Report on sanitation, dispensaries, and jails in Rajputana for 1917, and on vaccination for the year 1917-1918 - 1917-1918
Year: 1917
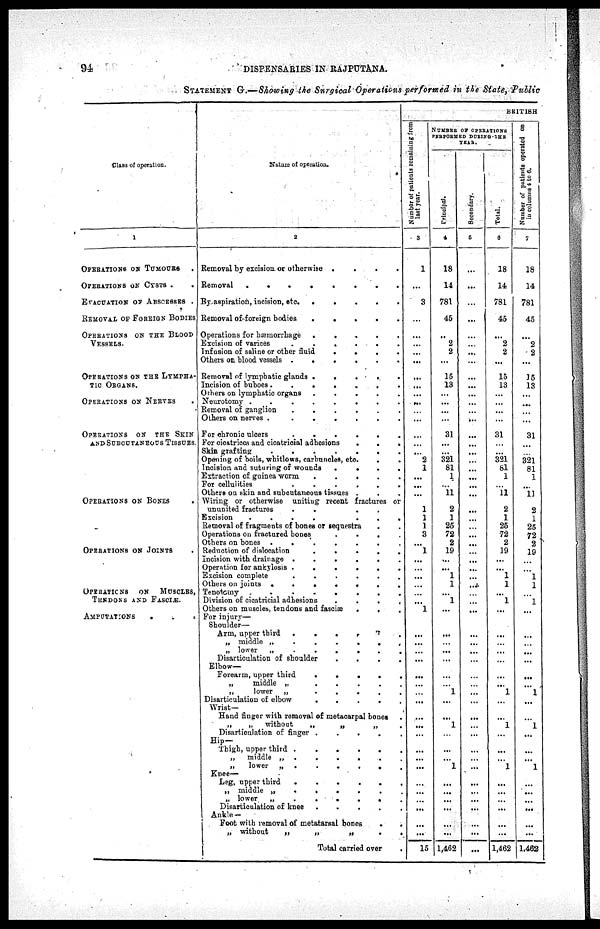
94
DISPENSARIES IN RAJPUTANA.
STATEMENT G.—Showing the Surgical Operations performed in the State, Public
Class of operation.
1
OPERATIONS OF TUMOURS .
OPERATIONS OF CYSTS
..
EVACUATION OF ABSCESSES .
REMOVAL OF FOREIGN BODIES
OPERATIONS ON THE BLOOD
VESSELS.
OPERATIONS ON THE LYMPHA¬
TIC ORGANS.
OPERATIONS ON NERVES
OPERATIONS ON THE SKIN
AND SUBCUTANEOUS TISSUES.
OPERATIONS ON BONES .
OPERATIONS OF JOINTS .
OPERATIONS
ON
MUSCLES,
TENDONS AND FASCIÆ.
AMPUTATIONS
...
Nature of operation.
2
Removal by excision or otherwise
....
Removal
........
By aspiration, incision, etc
.....
Removal of foreign bodies
.....
Operations for hæmorrhage
.....
Excision of varices
......
Infusion of saline or other
fluid
....
Others on blood vessels
......
Removal of lymphatic glands
.....
Incision of
buboes.......
Others on lymphatic organs
.....
Neurotomy
........
Removal of ganglion
......
Others on nerves .
......
For chronic ulcers
......
For cicatrices and cicatricial adhesions
...
Skin grafting
.......
Opening of boils, whitlows, carbuncles, etc.
.
Incision and suturing of wounds
....
Extraction of guinea worm
.....
For cellulities
......
Others on skin and subcutaneous tissues ...
Wiring or otherwise uniting recent fractures or
ununited fractures
......
Excision
.......
Removal of fragments of bones or sequestra ..
Operations on fractured bones
....
Others on bones
......
Reduction of dislocation
.....
Incision with drainage
......
Operation for ankylosis
......
Excision complete
......
Others on joints
.......
Tenotomy
.......
Division of cicatricial adhesions
....
Others on muscles, tendons and fascia
...
For injury—
Shoulder—
Arm, upper third
......
„ middle
„
......
„ lower
„
......
Disarticulation of shoulder
....
Elbow-
Forearm, upper third
.....
„
middle „
.....
„
lower
„
.....
Disarticulation of elbow
.....
Wrist—
Hand finger with removal of metacarpal bones .
„
„
without
„
„
„
.
Disarticulation of finger .....
Hip—
Thigh, upper third
......
„
middle „ ......
„
lower „
......
Knee—
Leg, upper third
......
„
middle
„
......
„ lower
„
......
Disarticulation of knee
.....
Ankle—
Foot with removal of metatarsal bones
..
„ without
„
„
„
..
Total carried over
.
BRITISH
Number of patients remaining from
last year.
3
1
...
3
...
...
...
...
...
...
...
...
...
...
...
...
...
...
2
1
...
...
...
1
1
1
3
...
1
...
...
...
...
...
...
1
...
...
...
...
...
...
...
...
...
...
...
...
...
...
...
...
...
...
...
...
15
NUMBER OF OPERATIONS
PERFORMED DURING THE
YEAR.
principal.
4
18
14
781
45
...
2
2
...
16
13
...
...
...
...
31
...
...
321
81
1
...
11
2
1
25
72
2
19
...
...
1
1
...
1
...
...
...
...
...
...
...
1
...
...
1
...
...
...
1
...
...
...
...
...
...
1,462
Secondary.
5
...
...
...
...
...
...
...
...
...
...
...
...
...
...
...
...
...
...
...
...
...
...
...
...
...
...
...
...
...
...
...
...
...
...
...
...
...
...
...
...
...
...
...
...
...
...
...
...
...
...
...
...
...
...
...
...
Total.
6
18
14
781
45
...
2
2
...
15
13
...
...
...
...
31
...
...
321
81
1
...
11
2
1
25
72
2
19
...
...
1
1
...
1
...
...
...
...
...
...
...
1
...
...
1
...
...
...
1
...
...
...
...
...
...
1,462
Number of patients operated on
in columns 4 to 6.
7
18
14
781
45
...
2
2
...
15
13
...
...
...
...
31
...
...
321
81
1
...
11
2
1
25
72
2
19
...
...
1
1
...
1
...
...
...
...
...
...
...
1
...
...
1
...
...
...
1
...
...
...
...
...
...
1,462